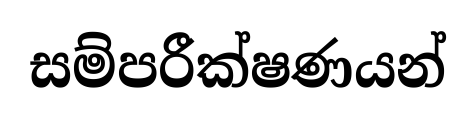
සම්පරීක්ෂණයන්